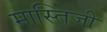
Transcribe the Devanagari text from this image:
मास्तिजी